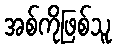
အစ်ကိုဖြစ်သူ